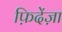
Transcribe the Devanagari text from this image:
फ़िदेंज़ा